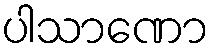
ပါသာဏော